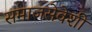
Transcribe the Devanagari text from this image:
समाजसेवेशी